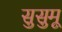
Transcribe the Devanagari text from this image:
सुसुमू